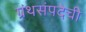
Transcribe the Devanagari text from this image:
ग्रंथसंपदेची